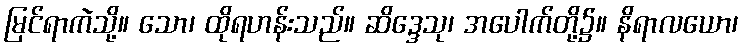
မြင်ရာကဲသို့။ သော၊ ထိုရဟန်းသည်။ ဆိဒ္ဒေသု၊ အပေါက်တို့၌။ နိရာလယော၊